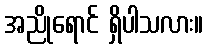
အညိုရောင် ရှိပါသလား။